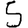
Digit: 5